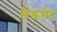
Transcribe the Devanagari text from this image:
लैंडसेट